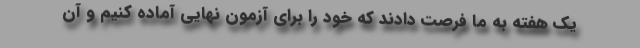
یک هفته به ما فرصت دادند که خود را برای آزمون نهایی آماده کنیم و آن